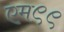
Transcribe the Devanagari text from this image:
एम९९